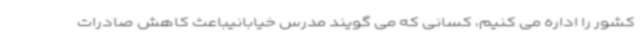
کشور را اداره می کنیم، کسانی که می گویند مدرس خیابانیباعث کاهش صادرات